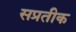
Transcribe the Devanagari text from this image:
सप्रतीक